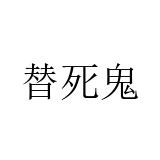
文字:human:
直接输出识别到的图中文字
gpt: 替死鬼